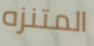
المتنزه